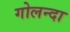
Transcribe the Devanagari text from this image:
गोलन्दा